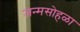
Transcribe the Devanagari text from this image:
जन्मसोहळा